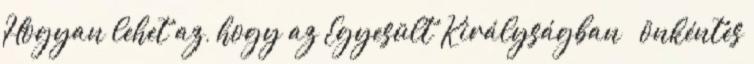
Hogyan lehet az, hogy az Egyesült Királyságban – önkéntes